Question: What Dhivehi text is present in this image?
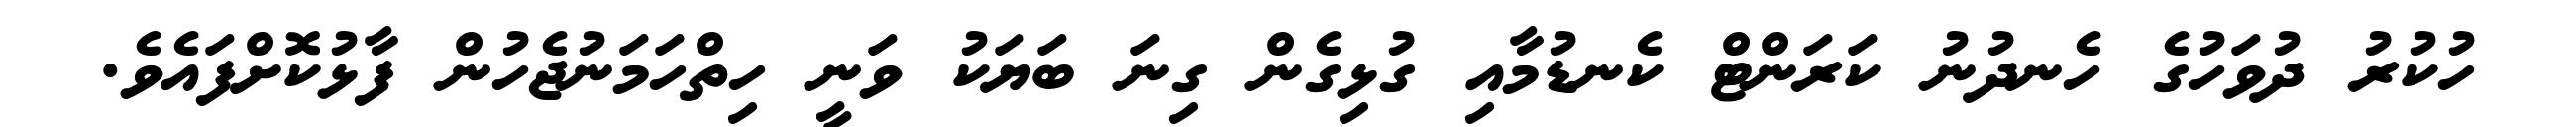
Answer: ހުކުރު ދުވަހުގެ ހެނދުނު ކަރަންޓް ކެނޑުމާއި ގުޅިގެން ގިނަ ބަޔަކު ވަނީ ހިތްހަމަނުޖެހުން ފާޅުކޮށްފައެވެ.